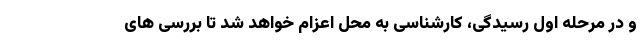
و در مرحله اول رسیدگی، کارشناسی به محل اعزام خواهد شد تا بررسی های